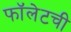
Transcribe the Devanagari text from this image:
फॉलेटची